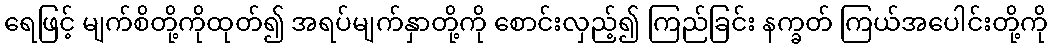
ရေဖြင့် မျက်စိတို့ကိုထုတ်၍ အရပ်မျက်နှာတို့ကို စောင်းလှည့်၍ ကြည်ခြင်း နက္ခတ် ကြယ်အပေါင်းတို့ကို